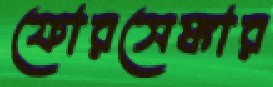
ফোরসেঙ্কার